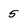
Character: 5